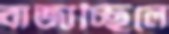
বাজাচ্ছিলে